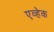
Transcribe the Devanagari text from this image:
एव्हेक